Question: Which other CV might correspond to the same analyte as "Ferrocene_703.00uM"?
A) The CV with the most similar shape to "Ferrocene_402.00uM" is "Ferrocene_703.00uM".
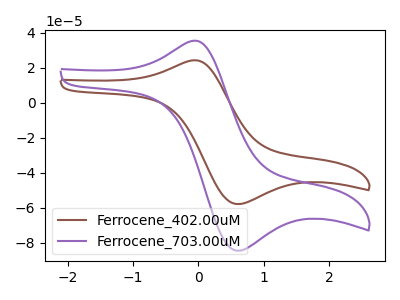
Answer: <think>The brown curve "Ferrocene_402.00uM" has an anodic peak at (-0.10V, 24.15uA) and a cathodic peak at (0.60V, -57.90uA). The purple curve "Ferrocene_703.00uM" has an anodic peak at (-0.10V, 35.30uA) and a cathodic peak at (0.60V, -84.55uA).
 All the peaks in "Ferrocene_402.00uM" have a peak in "Ferrocene_703.00uM" at the same potential. Every peak in "Ferrocene_402.00uM" is lower than every peak in "Ferrocene_703.00uM".</think>
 <answer>A) The CV with the most similar shape to "Ferrocene_402.00uM" is "Ferrocene_703.00uM".</answer>
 <eval>A</eval>